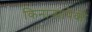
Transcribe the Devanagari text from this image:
किनाऱ्यापैकी